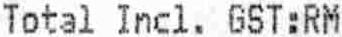
TOTAL INCL. GST:RM